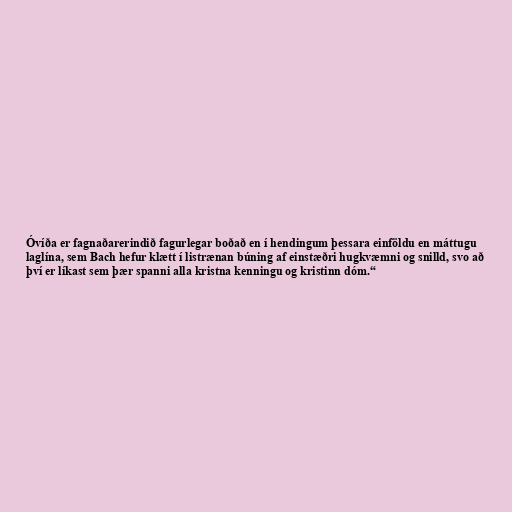
Óvíða er fagnaðarerindið fagurlegar boðað en í hendingum þessara einföldu en máttugu
laglína, sem Bach hefur klætt í listrænan búning af einstæðri hugkvæmni og snilld, svo að
því er líkast sem þær spanni alla kristna kenningu og kristinn dóm.“